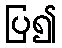
ပြ၍